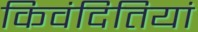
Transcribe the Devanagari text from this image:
किवंदितियां